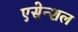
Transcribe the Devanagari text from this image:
एसेन्शल